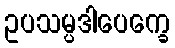
ဥပသမ္ပဒါပေက္ခေ